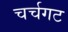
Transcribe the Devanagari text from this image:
चर्चगट